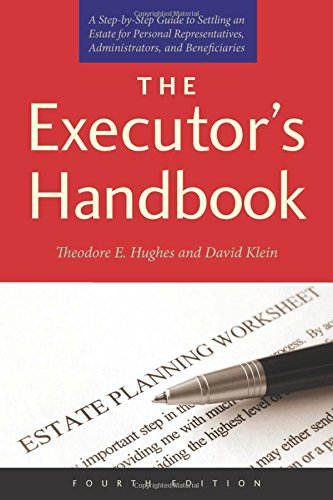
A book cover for The Executor's Handbook: A Step-by-Step Guide to Settling an Estate for Personal Representatives, Administrators, and Beneficiaries, Fourth Edition; Theodore E. Hughes; Law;